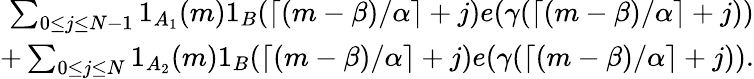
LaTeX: \begin{array}{r}{\sum_{0\leq j\leq N-1}1_{A_{1}}(m)1_{B}(\lceil(m-\beta)/\alpha\rceil+j)e(\gamma(\lceil(m-\beta)/\alpha\rceil+j))}\\ {+\sum_{0\leq j\leq N}1_{A_{2}}(m)1_{B}(\lceil(m-\beta)/\alpha\rceil+j)e(\gamma(\lceil(m-\beta)/\alpha\rceil+j)).}\end{array}